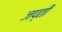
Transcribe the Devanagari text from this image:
जप्‍ती